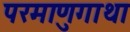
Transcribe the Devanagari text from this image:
परमाणुगाथा